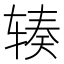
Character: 辏